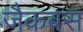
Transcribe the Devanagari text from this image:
जैकबस